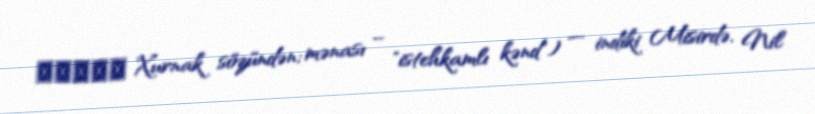
خورنق Xurnak sözündən; mənası – "istehkamlı kənd") — indiki Misirdə, Nil